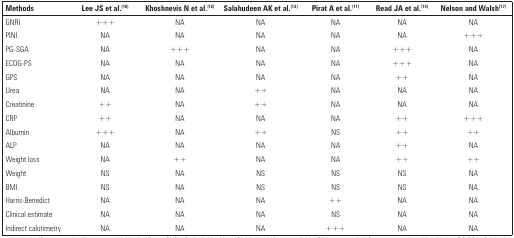
| Methods | Lee JS et al.(16) | Khoshnevis N et al.(12) | Salahudeen AK et al.(13) | Pirat A et al.(11) | Read JA et al.(14) | Nelson and Walsh(17) |
 | --- | --- | --- | --- | --- | --- | --- |
 | GNRI | +++ | NA | NA | NA | NA | NA |
 | PINI | NA | NA | NA | NA | NA | +++ |
 | PG-SGA | NA | +++ | NA | NA | +++ | NA |
 | ECOG-PS | NA | NA | NA | NA | +++ | NA |
 | GPS | NA | NA | NA | NA | ++ | NA |
 | Urea | NA | NA | ++ | NA | NA | NA |
 | Creatinine | ++ | NA | ++ | NA | NA | NA |
 | CRP | ++ | NA | NA | NA | ++ | +++ |
 | Albumin | +++ | NA | ++ | NS | ++ | ++ |
 | ALP | NA | NA | NA | NA | ++ | NA |
 | Weight loss | NA | ++ | NA | NA | ++ | ++ |
 | Weight | NS | NA | NS | NS | NS | NA |
 | BMI | NS | NA | NS | NS | NS | NA |
 | Harris-Benedict | NA | NA | NA | ++ | NA | NA |
 | Clinical estimate | NA | NA | NA | NS | NA | NA |
 | Indirect calorimetry | NA | NA | NA | +++ | NA | NA |